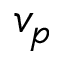
v _ { p }